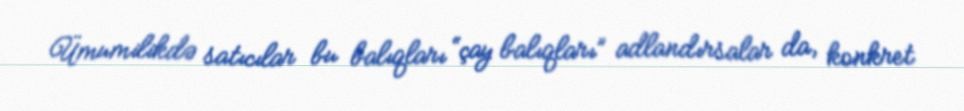
Ümumilikdə satıcılar bu balıqları “çay balıqları” adlandırsalar da, konkret